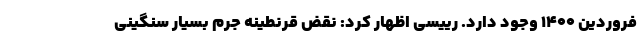
فروردین ۱۴۰۰ وجود دارد. رییسی اظهار کرد: نقض قرنطینه جرم بسیار سنگینی